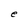
Character: e